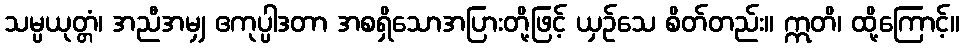
သမ္ပယုတ္တံ၊ အညီအမျှ ဧကုပ္ပါဒတာ အစရှိသောအပြားတို့ဖြင့် ယှဉ်သေ စိတ်တည်း။ ဣတိ၊ ထို့ကြောင့်။